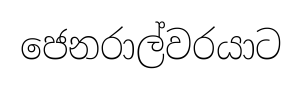
ජෙනරාල්වරයාට